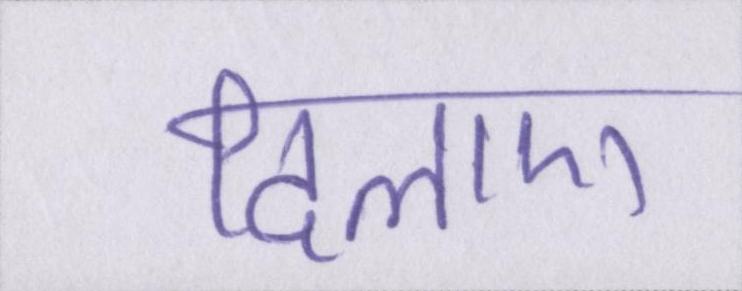
दिलाए